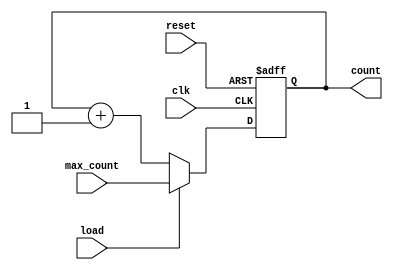
module binary_counter (
    input wire clk,
    input wire reset,
    input wire load,
    input wire [3:0] max_count,
    output reg [3:0] count
);

always @(posedge clk or posedge reset) begin
    if (reset) begin
        count <= 4'b0000;
    end else if (load) begin
        count <= max_count;
    end else begin
        count <= count + 1;
    end
end

endmodule